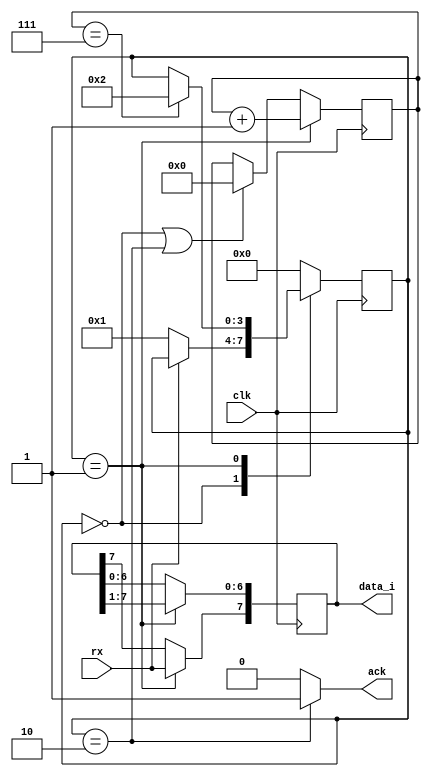
`timescale 1ns / 1ps
//////////////////////////////////////////////////////////////////////////////////
// Company: 
// Engineer: 
// 
// Design Name: 
// Module Name: top
// Project Name: 
// Target Devices: 
// Tool Versions: 
// Description: 
// 
// Dependencies: 
// 
// Revision:
// Revision 0.01 - File Created
// Additional Comments:
// 
//////////////////////////////////////////////////////////////////////////////////

module uart_rx(
    input clk,
    input rx,
    output reg[7:0] data_i,
    output ack
    );
    localparam IDLE = 0,
               RECEIVE = 1,
               RECEIVE_END = 2;
    
    reg[3:0] current_state, next_state;
    reg[4:0] count;
    
    always @(posedge clk)
        current_state = next_state;
    
    always @(*) 
    begin   
        next_state = current_state;
        case(current_state)
            IDLE: if(!rx) next_state = RECEIVE;
            RECEIVE: if(count == 7) next_state = RECEIVE_END;
            RECEIVE_END: next_state = IDLE;
            default: next_state = IDLE;
        endcase    
    end
    
    always @(posedge clk) 
    begin
        if (current_state == RECEIVE)
            count = count + 1;
        else if (current_state == IDLE | current_state == RECEIVE_END)
            count = 0;
    end
    
    always @(posedge clk)
    begin
        if (current_state == RECEIVE)
        begin
            data_i[6:0] = data_i[7:1];
            data_i[7] = rx;
        end 
    end
    
    assign ack = (current_state == RECEIVE_END) ? 1 : 0;
endmodule